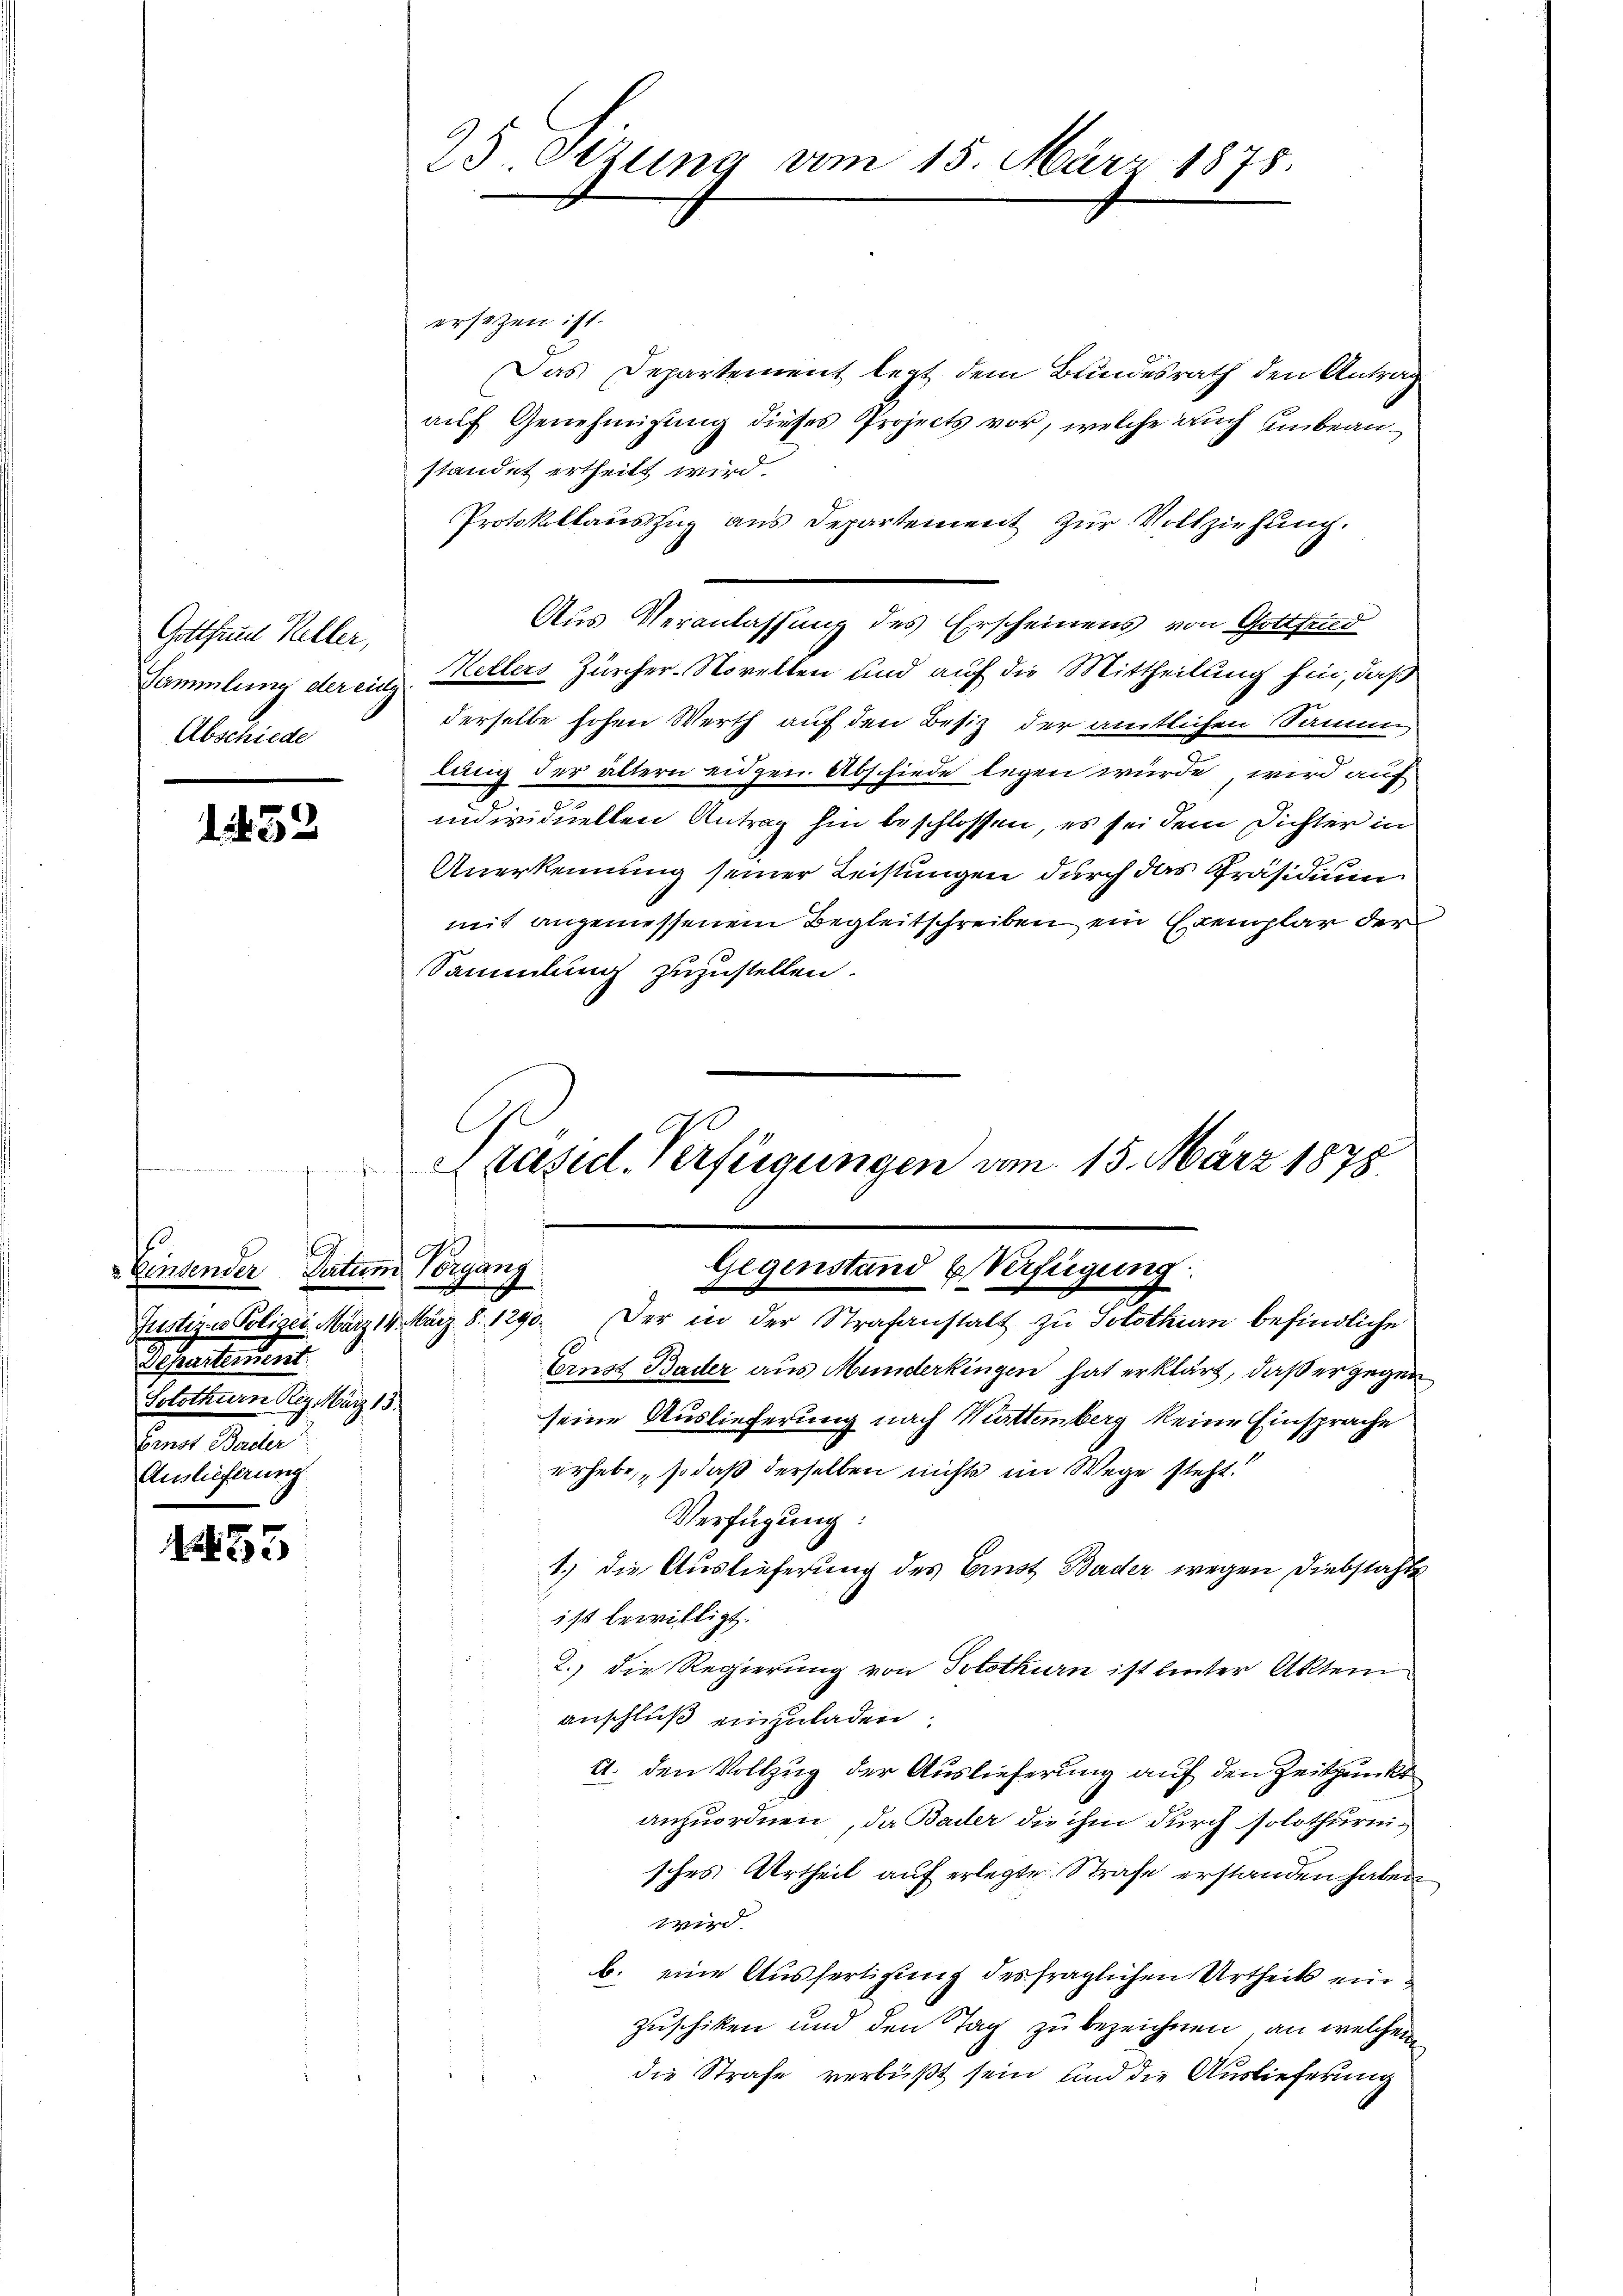
Gottfrid Keller,
Sammlung der einz
Abschiede

1833

1. 432

1
Einsender Datum organg
Schreibens
Solothurn Reg. März 18
benst Berdler
Auslieferung.

25 Otzung vom 15. März 1875.

ersezen ist.
Das Departement letzt dem Bundesrath den Antrag
auf Genehmigung dieses Projects vor, welche auch unbeanstandet ertheilt wird.
Protokollauszug aus Departement zur Vollziehung.
Aus Veranlassung des Erscheinens von Gottfand
u Hellers Zürcher-Morelten und auf die Mittheilung hin, daß
derselbe hohen Werth auf den Besiz der amtlichen Sammling der ältern eidgen. Abschiede legen würde, wird auf
individuellen Antrag hin beschlossen, es sei dem Dichter in
Anerkennung seiner Leistungen durch das Präsidium
mit angemessenem Begleitschreiben ein Exemplar der
Sammlung zuzustellen.

Präsid. Verfügungen vom 15. März 1878
d
Gegenstand Verfügung
Justiz- Polizei März 18. März 8. 1290. Der in der Strafanstalt zu Solothurn befindliche

Ernst Bader aus Munderkingen hat erklärt, daß er gegen
seine Auslieferung nach Muttemberg keine Einsprache
erhebe, so daß derselben nichts im Wege steht.
Verfügung:
1.) Die Auslieferung des Ernst Bader wegen Diebstahle
ist bewilligt.
2.) Die Regierung von Solothurn ist hinter Aktem
anschluß einzuladen.
A. den Vollzug der Auslieferung auf den Zeitpunkt
anzuordnen, da Bader die ihm durch solothurnisches Urtheil auf erlegte Strafe erstanden haben
wird.
b. eine Ausfertigung des fraglichen Urtheils ein¬
Zuschiken und den Tag zu bezeichnen, an welchem
die Strafe verbüßt sein und die Auslieferung